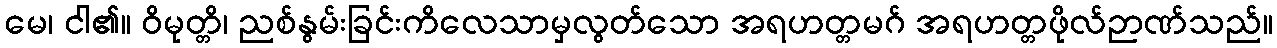
မေ၊ ငါ၏။ ဝိမုတ္တိ၊ ညစ်နွမ်းခြင်းကိလေသာမှလွတ်သော အရဟတ္တမဂ် အရဟတ္တဖိုလ်ဉာဏ်သည်။